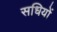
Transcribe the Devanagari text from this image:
सधियों